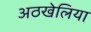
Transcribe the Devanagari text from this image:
अठखेलिया